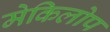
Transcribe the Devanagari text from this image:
मेकिलोप